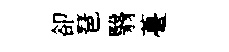
卻琶翳薹